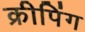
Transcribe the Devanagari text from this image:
क्रीपिंग